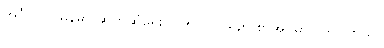
အင်္ဂလိပ်-မြန်မာ ဆက်ဆံရေး ၁၇၅၂- ၁၉၄၈ စာအုပ်မှာ ပါရှိပါတယ်။